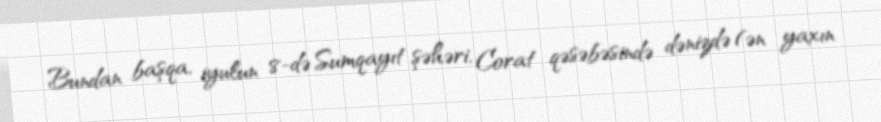
Bundan başqa, iyulun 8-də Sumqayıt şəhəri, Corat qəsəbəsində dənizdə (ən yaxın